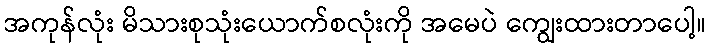
အကုန်လုံး မိသားစုသုံးယောက်စလုံးကို အမေပဲ ကျွေးထားတာပေါ့။